Annual statistical returns and brief notes on vaccination in Bengal - 1909-1929
Year: 1909
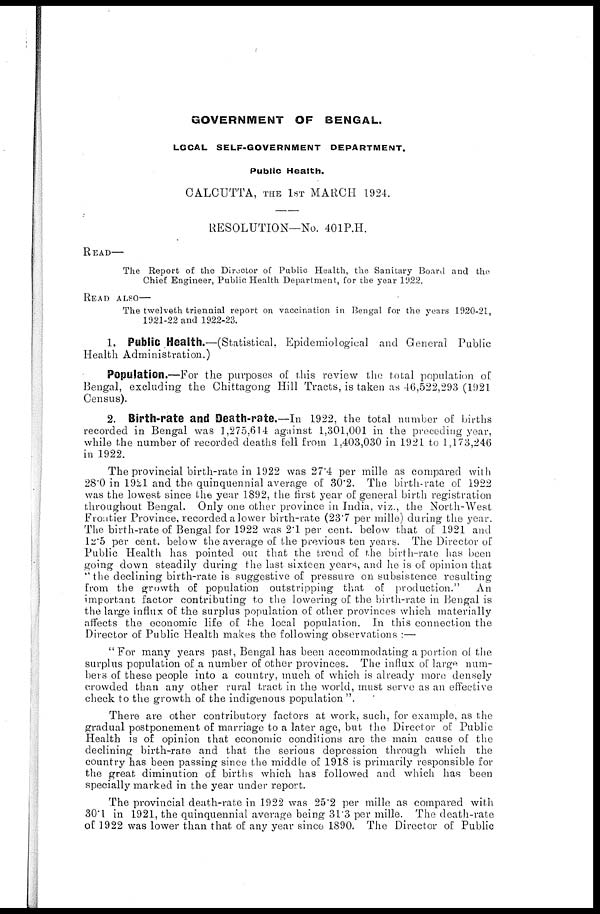
GOVERNMENT OF BENGAL.
LOCAL SELF-GOVERNMENT
DEPARTMENT.
Public Health.
CALCUTTA, THE 1ST MARCH 1924.
RESOLUTION—No. 401P.H.
READ—
The Report of the Director of Public Health, the Sanitary Board and the
Chief Engineer, Public Health Department, for the year 1922.
READ ALSO—
The twelveth triennial report on vaccination in Bengal for the years 1920-21,
1921-22 and 1922-23.
1. Public Health.—(Statistical, Epidemiological and General Public
Health Administration.)
Population.—For the purposes of this review the total population of
Bengal, excluding the Chittagong Hill Tracts, is taken as 46,522,293 (1921
Census).
2. Birth-rate and Death-rate.—In 1922, the total number of births
recorded in Bengal was 1,275,614 against 1,301,001 in the preceding year,
while the number of recorded deaths fell from 1,403,030 in 1921 to 1,173,246
in 1922.
The provincial birth-rate in 1922 was 27.4 per mille as compared with
28.0 in 1921 and the quinquennial average of 30.2. The birth-rate of 1922
was the lowest since the year 1892, the first year of general birth registration
throughout Bengal. Only one other province in India, viz., the North-West
Froatier Province, recorded a lower birth-rate (23.7 per mille) during the year.
The birth-rate of Bengal for 1922 was 2.1 per cent. below that of 1921 and
12.5 per cent. below the average of the previous ten years. The Director of
Public Health has pointed out that the trend of the birth-rate has been
going down steadily during the last sixteen years, and he is of opinion that
" the declining birth-rate is suggestive of pressure on subsistence resulting
from the growth of population outstripping that of production."
An
important factor contributing to the lowering of the birth-rate in Bengal is
the large influx of the surplus population of other provinces which materially
affects the economic life of the local population. In this connection the
Director of Public Health makes the following observations :—
"For many years past, Bengal has been accommodating a portion of the
surplus population of a number of other provinces. The influx of large num-
bers of these people into a country, much of which is already more densely
crowded than any other rural tract in the world, must serve as an effective
check to the growth of the indigenous population ".
There are other contributory factors at work, such, for example, as the
gradual postponement of marriage to a later age, but the Director of Public
Health is of opinion that economic conditions are the main cause of the
declining birth-rate and that the serious depression through which the
country has been passing since the middle of 1918 is primarily responsible for
the great diminution of births which has followed and which has been
specially marked in the year under report.
The provincial death-rate in 1922 was 25.2 per mille as compared with
30.1 in 1921, the quinquennial average being 31.3 per mille. The death-rate
of 1922 was lower than that of any year since 1890. The Director of Public